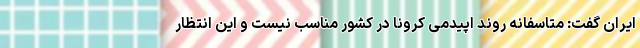
ایران گفت: متاسفانه روند اپیدمی کرونا در کشور مناسب نیست و این انتظار